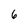
Character: 6